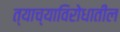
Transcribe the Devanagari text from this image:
त्याच्याविरोधातील